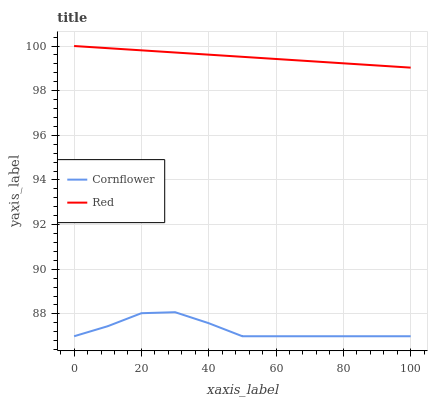
| xaxis_label | Cornflower | Red |
 | --- | --- | --- |
 | 0 | 87 | 100 |
 | 10 | 87.5 | 99.9 |
 | 20 | 88 | 99.8 |
 | 30 | 88.1 | 99.7 |
 | 40 | 87.6 | 99.6 |
 | 50 | 87 | 99.5 |
 | 60 | 87 | 99.4 |
 | 70 | 87 | 99.3 |
 | 80 | 87 | 99.2 |
 | 90 | 87 | 99.1 |
 | 100 | 87 | 99 |